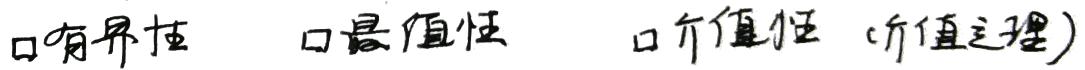
$\square$有界性 $\square$最值性 $\square$介值性（介值定理）